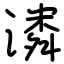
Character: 潾